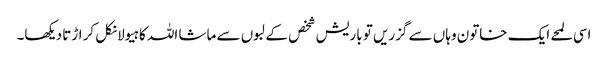
اسی لمحے ایک خاتون وہاں سے گزریں تو باریش شخص کے لبوں سے ماشا اللہ کا ہیولا نکل کر اڑتا دیکھا۔